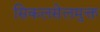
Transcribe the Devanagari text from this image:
सिकलसेलमुक्त